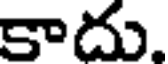
కాదు.